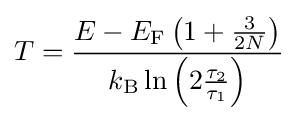
T={\frac {E-E_{\text{F}}\left(1+{\frac {3}{2N}}\right)}{k_{\text{B}}\ln \left(2{\frac {\tau _{2}}{\tau _{1}}}\right)}}